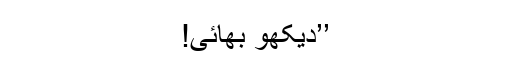
’’دیکھو بھائی!